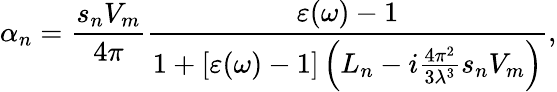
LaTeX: \alpha_{n}=\frac{s_{n}V_{m}}{4\pi}\frac{\varepsilon(\omega)-1}{1+[\varepsilon(\omega)-1]\left(L_{n}-i\frac{4\pi^{2}}{3\lambda^{3}}s_{n}V_{m}\right)},